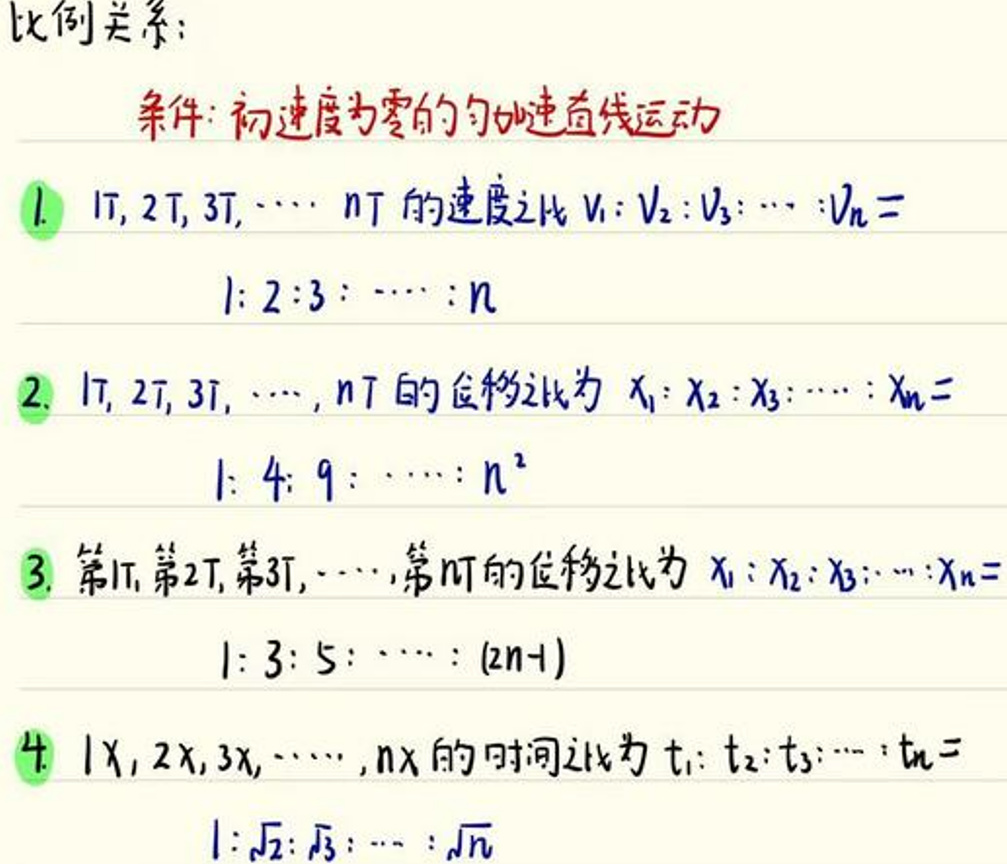
比例关系：

条件：初速度为零的匀加速直线运动

1. \(1T, 2T, 3T, \cdots, nT\) 的速度之比 \(v_1:v_2:v_3:\cdots:v_n = 1:2:3:\cdots:n\)

2. \(1T, 2T, 3T, \cdots, nT\) 的位移之比为 \(x_1:x_2:x_3:\cdots:x_n = 1:4:9:\cdots:n^2\)

3. 第 \(1T\), 第 \(2T\), 第 \(3T\), \(\cdots\), 第 \(nT\) 的位移之比为 \(x_1:x_2:x_3:\cdots:x_n = 1:3:5:\cdots:(2n - 1)\)

4. \(1x, 2x, 3x, \cdots, nx\) 的时间之比为 \(t_1:t_2:t_3:\cdots:t_n = 1:\sqrt{2}:\sqrt{3}:\cdots:\sqrt{n}\)